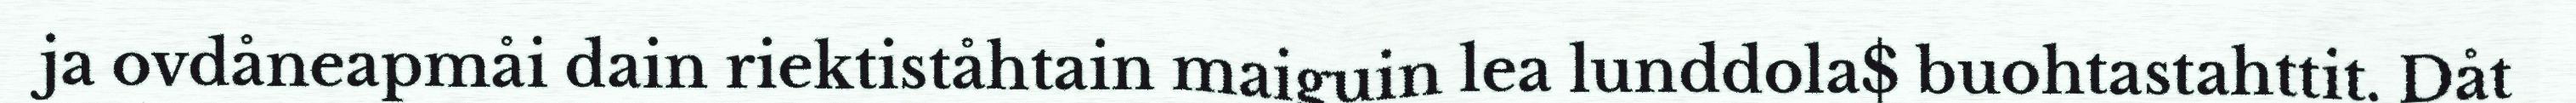
ja ovdåneapmåi dain riektiståhtain maiguin lea lunddola$ buohtastahttit. Dåt